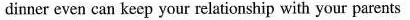
dinner even can keep your relationship with your parents